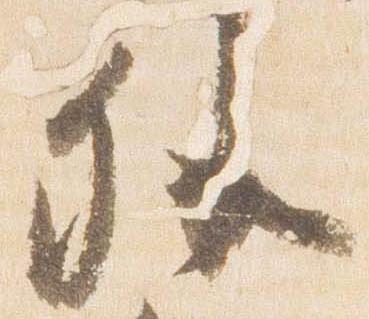
外